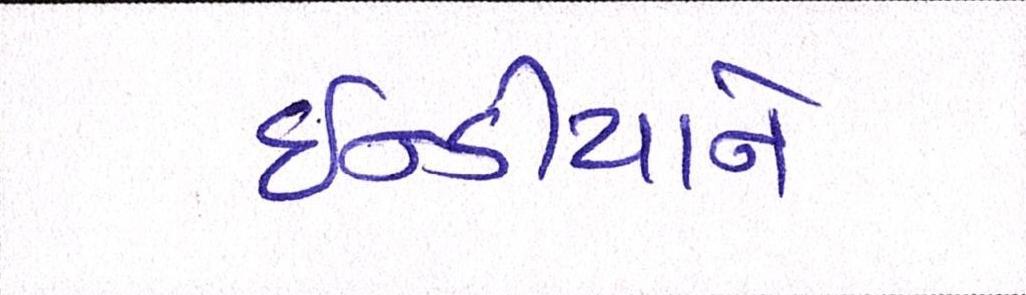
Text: ઈન્ડીયાને